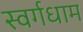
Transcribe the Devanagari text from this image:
स्वर्गधाम